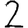
Digit: 2